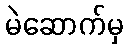
မဲဆောက်မှ